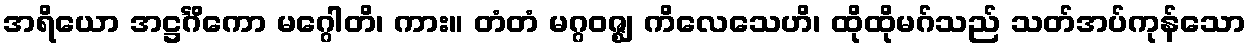
အရိယော အဋ္ဌင်္ဂိကော မဂ္ဂေါတိ၊ ကား။ တံတံ မဂ္ဂဝဇ္ဈ ကိလေသေဟိ၊ ထိုထိုမဂ်သည် သတ်အပ်ကုန်သော